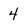
Character: 4